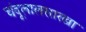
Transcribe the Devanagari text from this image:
चंदूलालसारखा